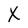
Character: X